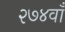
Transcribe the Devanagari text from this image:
२७४वाँ